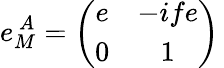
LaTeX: e_{M}^{~A}=\left(\begin{array}{cc}{{e}}&{{-ife}}\\ {{0}}&{{1}}\end{array}\right)\,